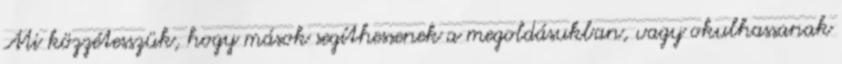
Mi közzétesszük, hogy mások segíthessenek a megoldásukban, vagy okulhassanak